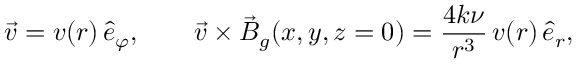
\vec { v } = v ( r ) \, \hat { e } _ { \varphi } , \qquad \vec { v } \times \vec { B } _ { g } ( x , y , z = 0 ) = \frac { 4 k \nu } { r ^ { 3 } } \, v ( r ) \, \hat { e } _ { r } ,